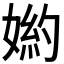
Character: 𡟅